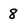
Character: 8